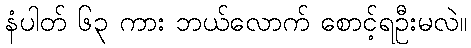
နံပါတ် ၆၃ ကား ဘယ်လောက် စောင့်ရဦးမလဲ။